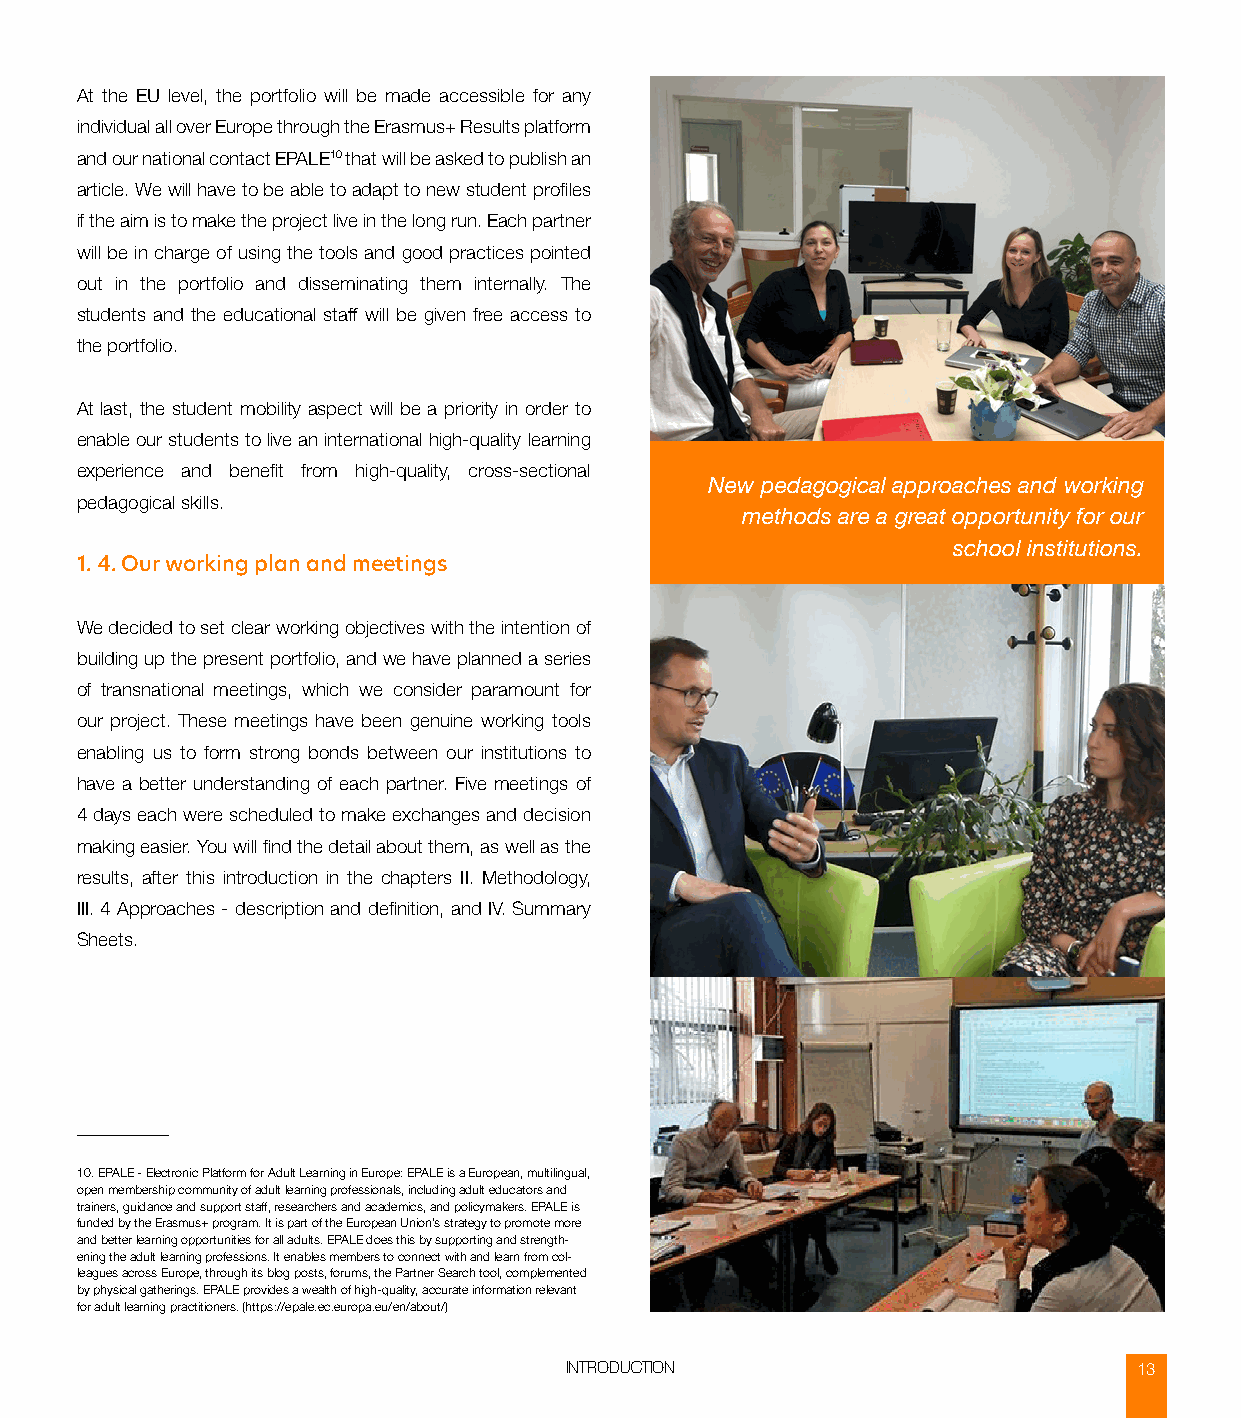
At the EU level, the portfolio will be made accessible for any
 individual all over Europe through the Erasmus+ Results platform
 and our national contact EPALE10 that will be asked to publish an
 article. We will have to be able to adapt to new student profiles
 if the aim is to make the project live in the long run. Each partner
 will be in charge of using the tools and good practices pointed
 out in the portfolio and disseminating them internally. The
 students and the educational staff will be given free access to
 the portfolio.
 At last, the student mobility aspect will be a priority in order to
 enable our students to live an international high-quality learning
 experience and benefit from high-quality, cross-sectional
 New pedagogical approaches and working
 pedagogical skills.
 methods are a great opportunity for our
 school institutions.
 1. 4. Our working plan and meetings
 We decided to set clear working objectives with the intention of
 building up the present portfolio, and we have planned a series
 of transnational meetings, which we consider paramount for
 our project. These meetings have been genuine working tools
 enabling us to form strong bonds between our institutions to
 have a better understanding of each partner. Five meetings of
 4 days each were scheduled to make exchanges and decision
 making easier. You will find the detail about them, as well as the
 results, after this introduction in the chapters II. Methodology,
 III. 4 Approaches - description and definition, and IV. Summary
 Sheets.
 10. EPALE - Electronic Platform for Adult Learning in Europe: EPALE is a European, multilingual,
 open membership community of adult learning professionals, including adult educators and
 trainers, guidance and support staff, researchers and academics, and policymakers. EPALE is
 funded by the Erasmus+ program. It is part of the European Union’s strategy to promote more
 and better learning opportunities for all adults. EPALE does this by supporting and strength-
 ening the adult learning professions. It enables members to connect with and learn from col-
 leagues across Europe, through its blog posts, forums, the Partner Search tool, complemented
 by physical gatherings. EPALE provides a wealth of high-quality, accurate information relevant
 for adult learning practitioners. (https://epale.ec.europa.eu/en/about/)
 INTRODUCTION                          13